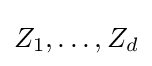
{\textstyle Z_{1},\dots ,Z_{d}}